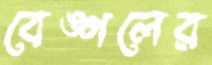
বেঙ্গলের